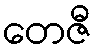
တေဇီ